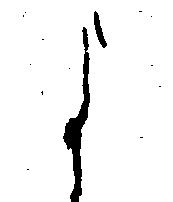
よ